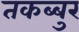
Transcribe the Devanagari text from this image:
तकब्बुर